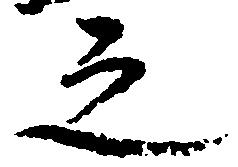
之